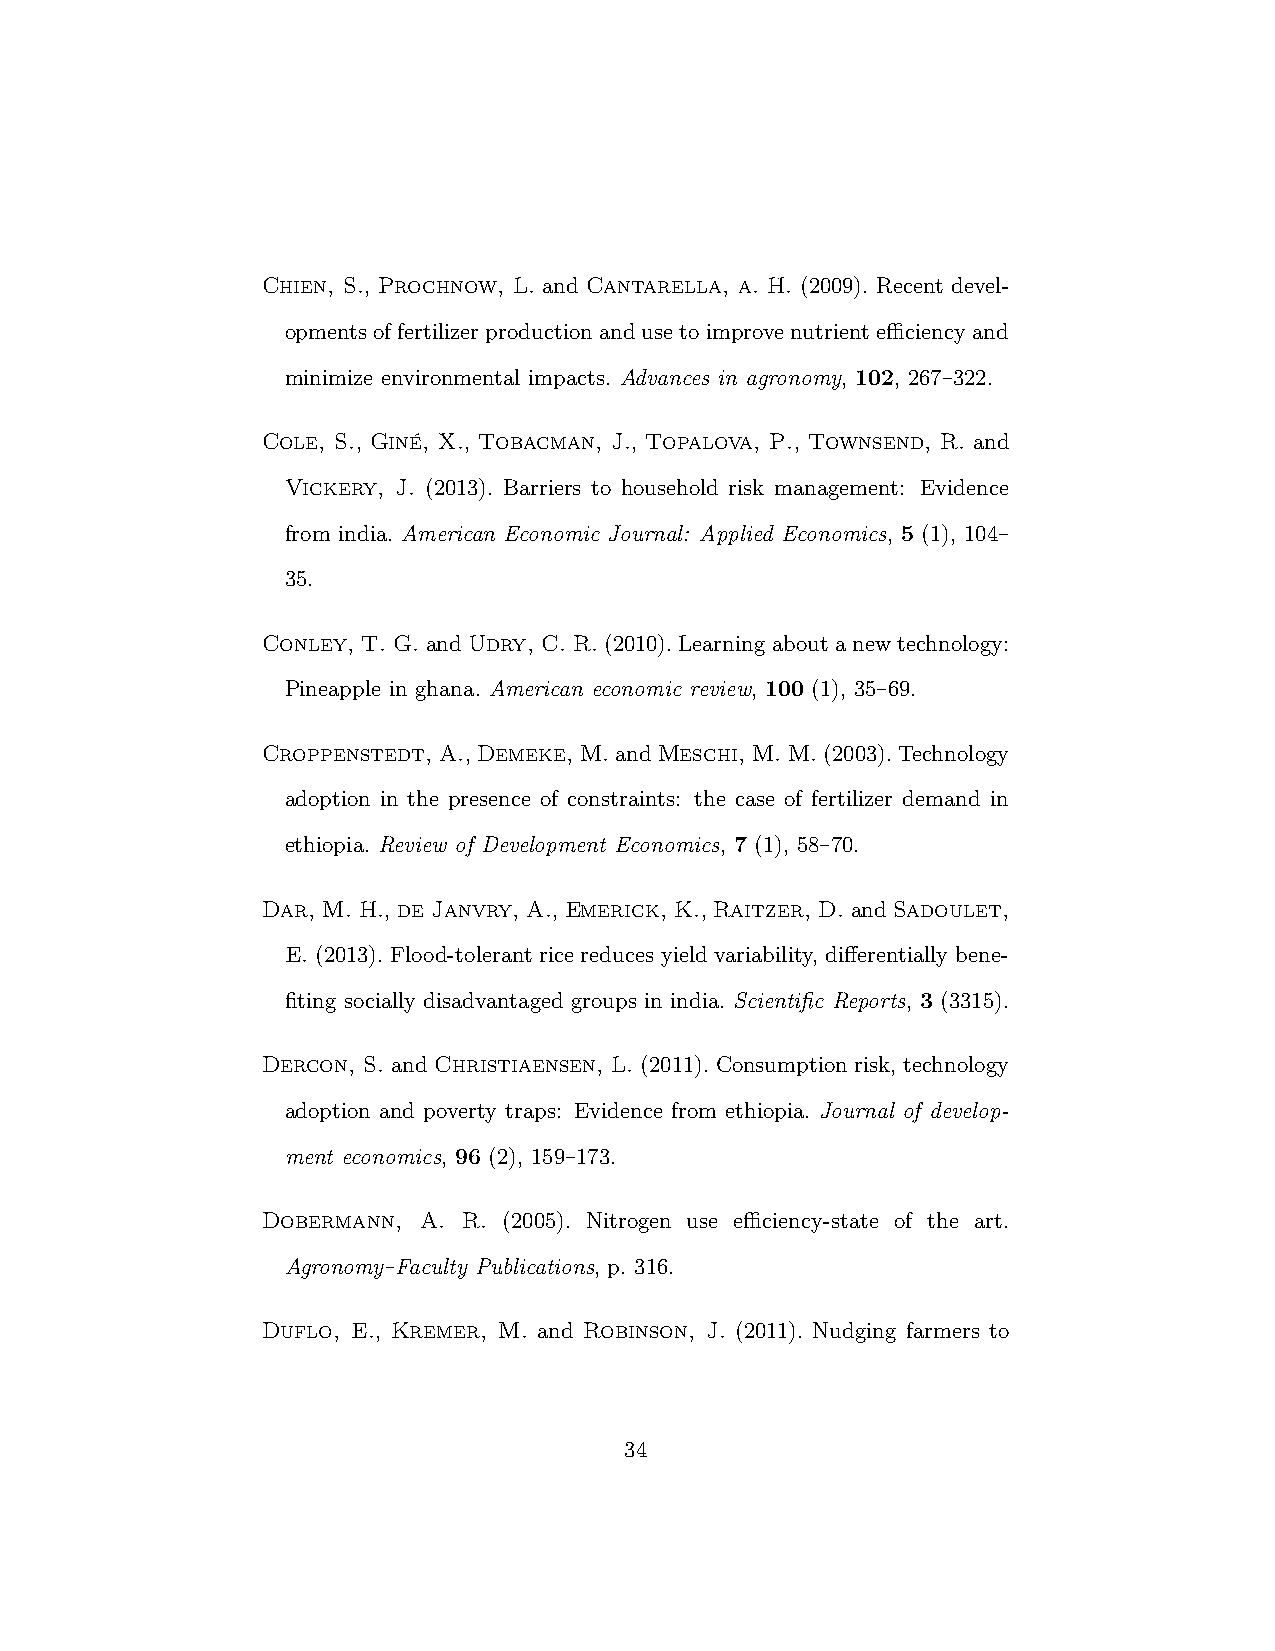
Chien, S., Prochnow, L. and Cantarella, a. H. (2009). Recent devel-
 opments of fertilizer production and use to improve nutrient efficiency and
 minimize environmental impacts. Advances in agronomy, 102, 267–322.
 Cole, S., Giné, X., Tobacman, J., Topalova, P., Townsend, R. and
 Vickery, J. (2013). Barriers to household risk management: Evidence
 from india. American Economic Journal: Applied Economics, 5 (1), 104–
 35.
 Conley, T. G.andUdry, C. R.(2010).Learningaboutanewtechnology:
 Pineapple in ghana. American economic review, 100 (1), 35–69.
 Croppenstedt, A.,Demeke, M.andMeschi, M. M.(2003).Technology
 adoption in the presence of constraints: the case of fertilizer demand in
 ethiopia. Review of Development Economics, 7 (1), 58–70.
 Dar, M. H., de Janvry, A., Emerick, K., Raitzer, D.andSadoulet,
 E. (2013). Flood-tolerant rice reduces yield variability, differentially bene-
 fiting socially disadvantaged groups in india. Scientific Reports, 3 (3315).
 Dercon, S. and Christiaensen, L. (2011). Consumption risk, technology
 adoption and poverty traps: Evidence from ethiopia. Journal of develop-
 ment economics, 96 (2), 159–173.
 Dobermann, A. R. (2005). Nitrogen use efficiency-state of the art.
 Agronomy–Faculty Publications, p. 316.
 Duflo, E., Kremer, M. and Robinson, J. (2011). Nudging farmers to
 34